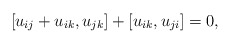
\begin{gather*}[u_{ij}+u_{ik},u_{jk}]+[u_{ik},u_{ji}]=0,\end{gather*}